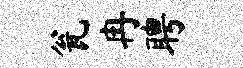
瓮冉聘